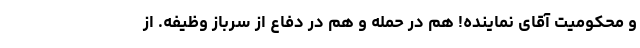
و محکومیت آقای نماینده! هم در حمله و هم در دفاع از سرباز وظیفه. از